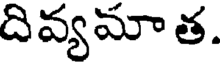
దివ్యమా త.